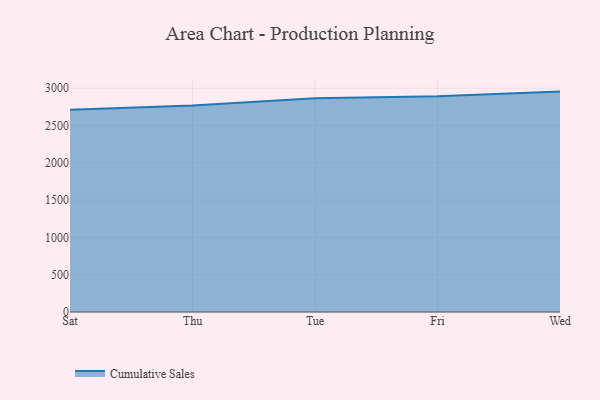
{"axis": {"x": "Day", "y": "Temperature (°C)"}, "legend": ["Cumulative Sales"], "data": [{"x": "Sat", "y": 2711.5, "type": "Cumulative Sales"}, {"x": "Thu", "y": 2767.5, "type": "Cumulative Sales"}, {"x": "Tue", "y": 2867.0, "type": "Cumulative Sales"}, {"x": "Fri", "y": 2892.4, "type": "Cumulative Sales"}, {"x": "Wed", "y": 2954.7, "type": "Cumulative Sales"}]}